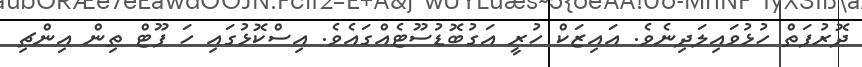
ދޮރުފަތް ހުޅުވައިލަދިނެވެ. އައިޒަކް ހުރީ އަގުބޮޑުސޫޓެއްގައެވެ. އިސްކޮޅުގައި ހަ ފޫޓް ތިން އިންޗި